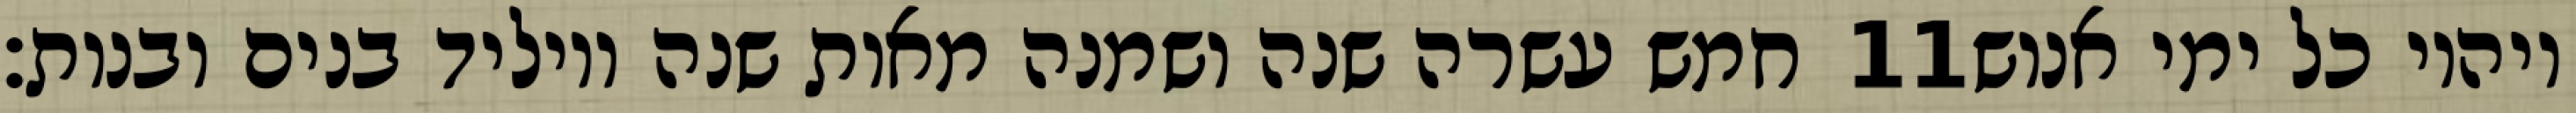
חמש עשרה שנה ושמנה מאות שנה ויוליד בנים ובנות׃ ‎11‏ ויהיו כל ימי אנוש